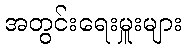
အတွင်းရေးမှူးများ